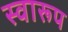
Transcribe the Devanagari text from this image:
स्वारूप